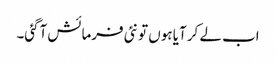
اب لے کر آیا ہوں تو نئی فرمائش آگئی۔